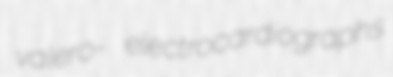
valero- electrocardiographs